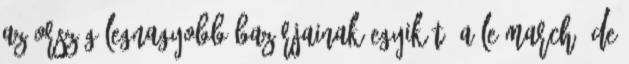
az ország legnagyobb bazárjainak egyikét, a Le Marché de